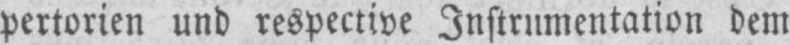
pertorien und respective Instrumentation dem